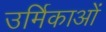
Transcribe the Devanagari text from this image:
उर्मिकाओं